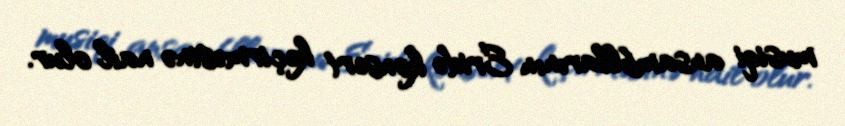
musiqi ansambllarının Eridə konsert keçirməsinə nail olur.